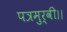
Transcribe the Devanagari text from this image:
पत्रमुर्वी।।